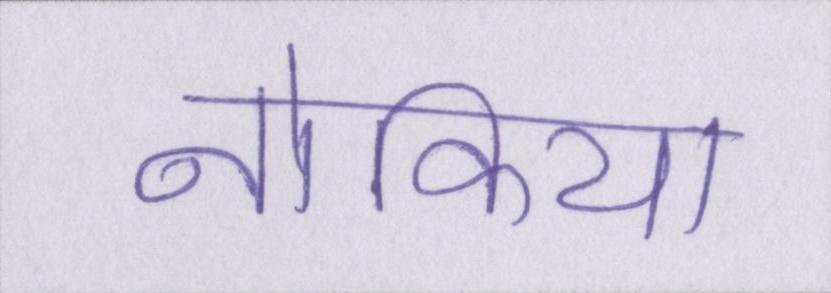
नोकिया